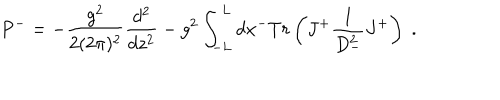
P ^ { - } = - { \frac { g ^ { 2 } } { 2 ( 2 \pi ) ^ { 2 } } } { \frac { d ^ { 2 } } { d z ^ { 2 } } } - g ^ { 2 } \int _ { - L } ^ { L } d x ^ { - } T r \left( J ^ { + } { \frac { 1 } { D _ { - } ^ { 2 } } } J ^ { + } \right) \; .